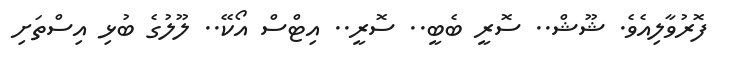
ފޮރުވާލިއެވެ. ޝޫޝް.. ސޮރީ ބެބީ.. ސޮރީ.. އިޓްސް އޯކޭ.. ލޫލުގެ ބުޅި އިސްތަށި